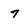
Character: 7